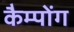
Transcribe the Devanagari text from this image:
कैम्पोंग